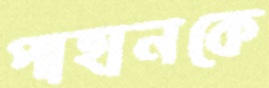
পাহানকে